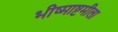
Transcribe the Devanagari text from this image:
भीष्माष्टमीला